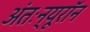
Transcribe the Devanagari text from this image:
अंतःन्यूरॉन